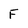
Character: F